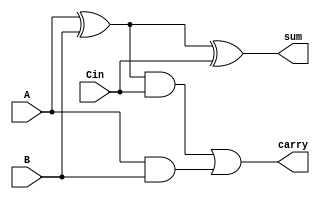
`timescale 1ns/1ns
module FA(
    input           A            ,
    input           B            ,
    input           Cin          ,
    output          sum          ,
    output          carry           //           
);

   // ################################ Outputs ##################################

   assign sum = A ^ B ^ Cin;
   assign carry = (A ^ B) & Cin | (A & B);

endmodule // FA